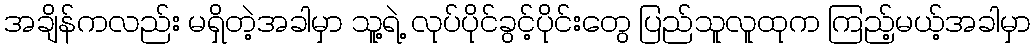
အချိန်ကလည်း မရှိတဲ့အခါမှာ သူ့ရဲ့ လုပ်ပိုင်ခွင့်ပိုင်းတွေ ပြည်သူလူထုက ကြည့်မယ့်အခါမှာ